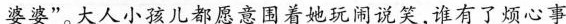
婆婆”。大人小孩儿都愿意围着她玩闹说笑,谁有了烦心事